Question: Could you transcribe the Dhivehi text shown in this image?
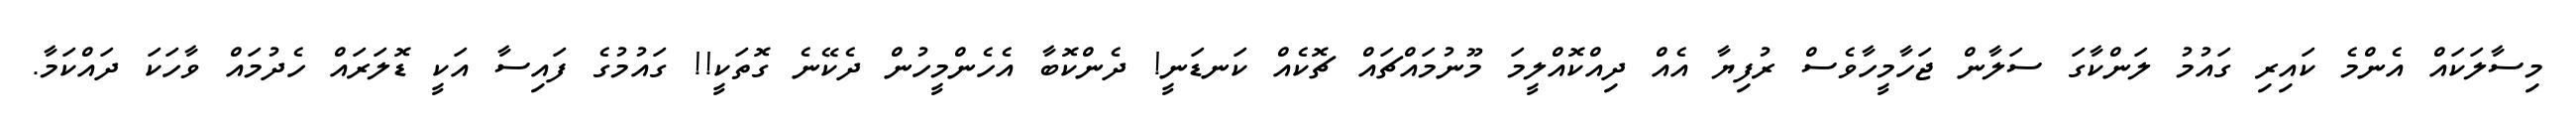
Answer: މިސާލަކައް އެންމެ ކައިރި ގައުމު ލަންކާގަ ސަލާން ޖަހާމީހާވެސް ރުފިޔާ އެއް ދިއްކޮއްލީމަ މޫނުމައްޗައް ޗޮކެއް ކަނޑަނީ! ދެންކޮބާ އެހެންމީހުން ދެކޭނެ ގޮތަކީ!! ގައުމުގެ ފައިސާ އަކީ ޑޮލަރައް ހެދުމައް ވާހަކަ ދައްކަމާ.